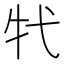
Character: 𤘚